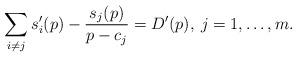
LaTeX: \begin{align*}\sum_{i\ne j}s_{i}'(p)-\frac{s_{j}(p)}{p-c_{j}}=D'(p),\: j=1,\dots,m.\end{align*}